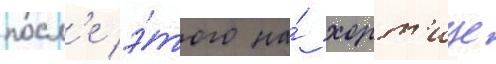
посл'е э́того на́ хорт'ице